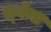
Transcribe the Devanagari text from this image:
च्र्वेना